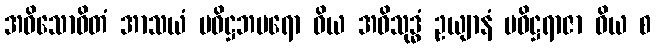
အဝိသောဓိတံ အာသယံ ပဝိဋ္ဌဘမရော ဝိယ အဝိသုဒ္ဓံ ဥယျာနံ ပဝိဋ္ဌရာဇာ ဝိယ စ